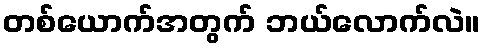
တစ်ယောက်အတွက် ဘယ်လောက်လဲ။